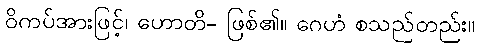
ဝိကပ်အားဖြင့်၊ ဟောတိ- ဖြစ်၏။ ဂေဟံ စသည်တည်း။